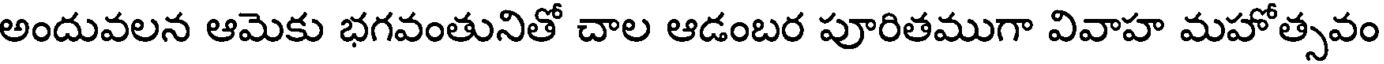
అందువలన ఆమెకు భగవంతునితో చాల ఆడంబర పూరితముగా వివాహ మహోత్సవం